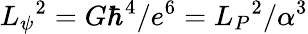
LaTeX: L_{\psi}{}^{2}=G\hbar^{4}/e^{6}=L_{P}{}^{2}/\alpha^{3}